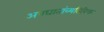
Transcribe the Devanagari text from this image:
अपघातांव्यतिरिक्त